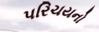
પરિચયનો